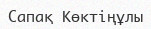
Сапақ Көктіңұлы